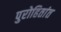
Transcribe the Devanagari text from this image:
पुरोहितांत